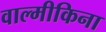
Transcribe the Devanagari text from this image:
वाल्मीकिना